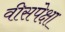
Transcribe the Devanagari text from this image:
वीसपेक्षा